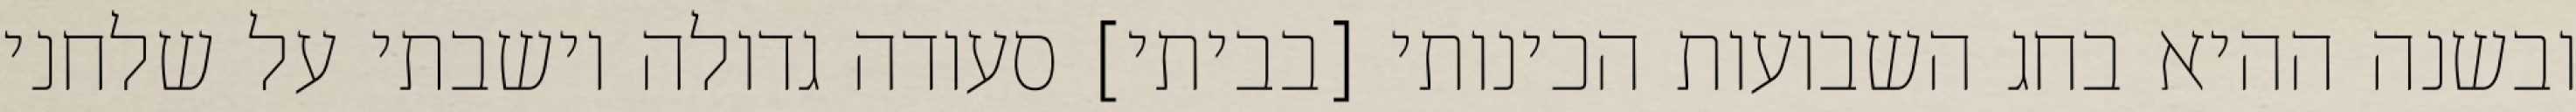
ובשנה ההיא בחג השבועות הכינותי [בביתי] סעודה גדולה וישבתי על שלחני